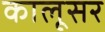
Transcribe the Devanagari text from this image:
कालूसर